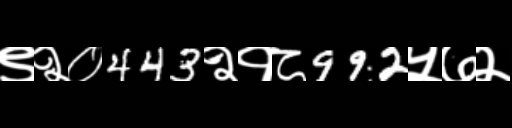
Text: ९२०443२१८992५७२